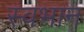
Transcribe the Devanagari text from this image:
स्वभान